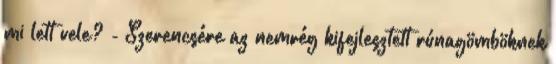
mi lett vele? - Szerencsére az nemrég kifejlesztett rúnagömböknek